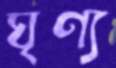
ঘৃণ্য